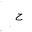
Letter: _ha